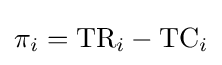
\pi _{i}={\text{TR}}_{i}-{\text{TC}}_{i}